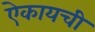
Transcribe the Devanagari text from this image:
ऐकायची